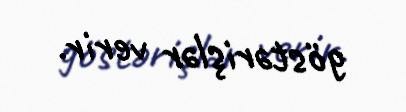
göstərişlər verir.